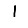
Digit: 1